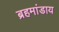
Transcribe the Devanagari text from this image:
ब्रहमांडाय